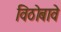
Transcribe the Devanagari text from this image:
विठोबावे